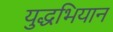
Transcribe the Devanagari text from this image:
युद्धभियान